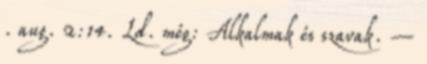
. aug. 2:14. Ld. még: Alkalmak és szavak. –